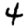
Digit: 4